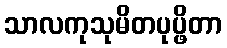
သာလကုသုမိတပုပ္ဖိတာ